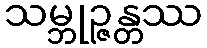
သမ္ဘုဉ္ဇန္တဿ